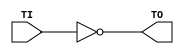
module T_INV (
    input  TI,
    output TO
);
  assign TO = ~TI;
endmodule